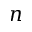
n